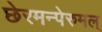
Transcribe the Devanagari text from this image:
छेरमन्पेरुमल्